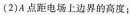
(2)A点距电场上边界的高度；